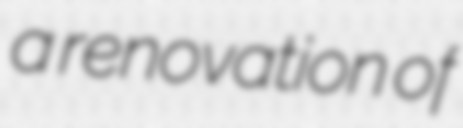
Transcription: a renovation of